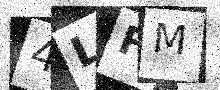
Text: 4LFM